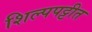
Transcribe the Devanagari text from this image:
शिल्पपट्टीत